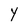
Character: Y